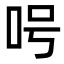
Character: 呺